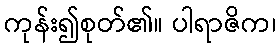
ကုန်း၍စုတ်၏။ ပါရာဇိက၊